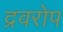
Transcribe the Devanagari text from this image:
द्रवरोप